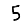
Digit: 5